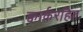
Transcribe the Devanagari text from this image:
क्वार्करहित